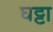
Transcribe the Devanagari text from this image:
घट्टा